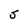
Character: S